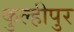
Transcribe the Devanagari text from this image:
कुल्हीपुर